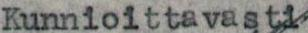
Kunnioittavasti